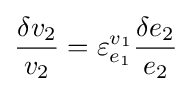
{\frac {\delta v_{2}}{v_{2}}}=\varepsilon _{e_{1}}^{v_{1}}{\frac {\delta e_{2}}{e_{2}}}